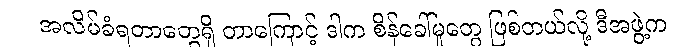
အလိမ်ခံရတာတွေရှိ တာကြောင့် ဒါက စိန်ခေါ်မှုတွေ ဖြစ်တယ်လို့ ဒီအဖွဲ့က